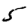
Digit: 5